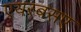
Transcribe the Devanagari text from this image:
एयरबसए